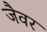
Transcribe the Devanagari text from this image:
जैवर